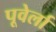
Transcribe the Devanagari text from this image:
पूवेर्ला